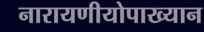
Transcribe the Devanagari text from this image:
नारायणीयोपाख्यान